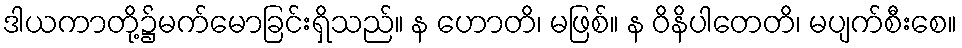
ဒါယကာတို့၌မက်မောခြင်းရှိသည်။ န ဟောတိ၊ မဖြစ်။ န ဝိနိပါတေတိ၊ မပျက်စီးစေ။